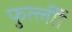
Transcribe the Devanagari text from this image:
फुर्त्लीी